Report on the lunatic asylums under the Government of Bombay - 1904-1913
Year: 1904
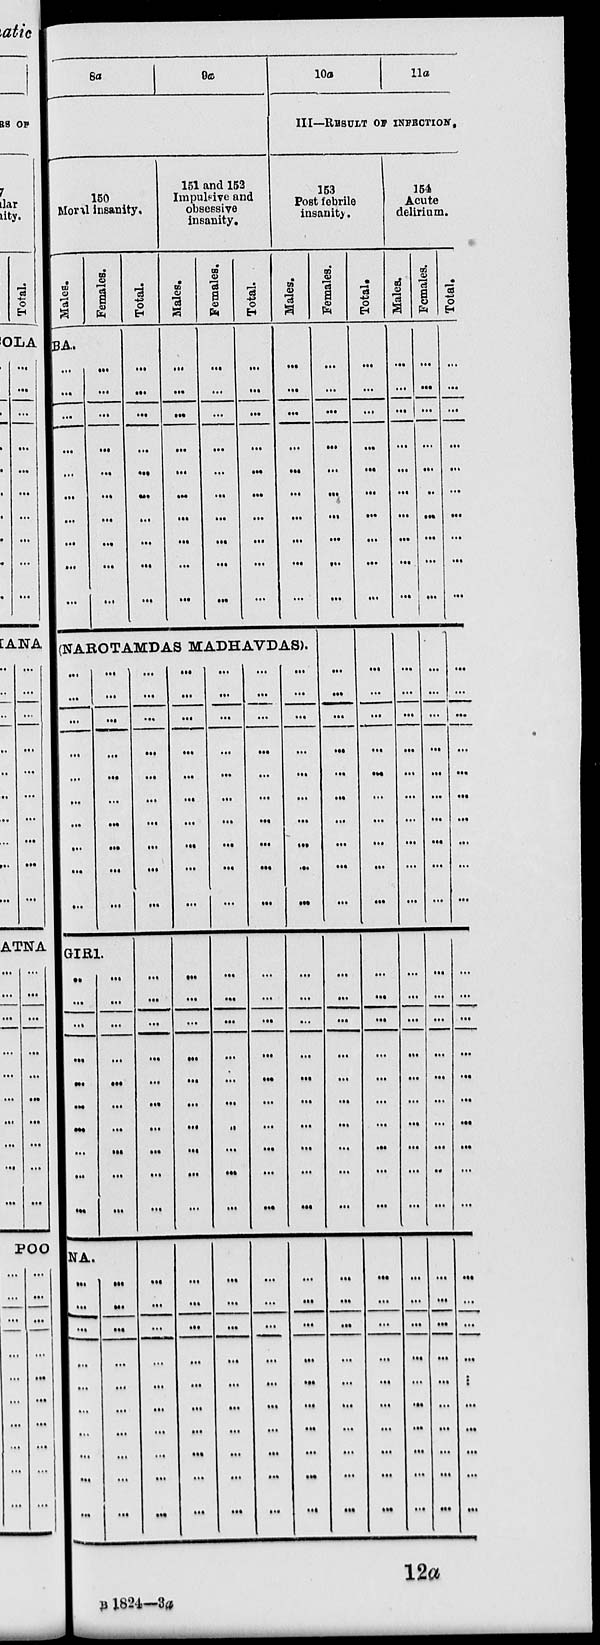
8a
9a
150
Moral insanity.
Males.
Females.
BA.
...
...
...
...
...
...
...
...
...
...
...
...
...
...
...
...
...
...
...
...
Total.
...
...
...
...
...
...
...
...
...
...
151 and 153
Impulsive and
obsessive
insanity.
Males.
...
...
...
...
...
...
...
...
...
...
Females.
...
...
...
...
...
...
...
...
...
...
Total.
...
...
...
...
...
...
...
...
...
...
10a
11a
III—RESULT OF INFECTION.
153
Post febrile
insanity.
Males.
...
...
...
...
...
...
...
...
...
...
(NAROTAMDAS MADHAVDAS).
...
...
...
...
...
...
...
...
...
...
...
...
...
...
...
...
...
...
...
...
GIRL
...
...
...
...
...
...
...
...
...
...
...
...
...
...
...
...
...
...
...
...
NA.
...
...
...
...
...
...
...
...
...
...
...
...
...
...
...
...
...
...
...
...
...
...
...
...
...
...
...
...
...
...
...
...
...
...
...
...
...
...
...
...
...
...
...
...
...
...
...
...
...
...
...
...
...
...
...
...
...
...
...
...
...
...
...
...
...
...
...
...
...
...
...
...
...
...
...
...
...
...
...
...
...
...
...
...
...
...
...
...
...
...
...
...
...
...
...
...
...
...
...
...
...
...
...
...
...
...
...
...
...
...
...
...
...
...
...
...
...
...
...
...
...
...
...
...
...
...
...
...
...
...
...
...
...
...
...
...
...
...
...
...
...
...
...
...
...
...
...
...
...
...
...
...
...
...
...
...
...
...
...
...
...
...
...
...
...
...
...
...
...
...
Females.
...
...
...
...
...
...
...
...
...
...
...
...
...
...
...
...
...
...
...
...
...
...
...
...
...
...
...
...
...
...
...
...
...
...
...
...
...
...
...
...
Total.
...
...
...
...
...
...
...
...
...
...
...
...
...
...
...
...
...
...
...
...
...
...
...
...
...
...
...
...
...
...
...
...
...
...
...
...
...
...
...
...
154
Acute
delirium.
Males.
...
...
...
...
...
...
...
...
...
...
...
...
...
...
...
...
...
...
...
...
...
...
...
...
...
...
...
...
...
...
...
...
...
...
...
...
...
...
...
...
Females.
...
...
...
...
...
...
...
...
...
...
...
...
...
...
...
...
...
...
...
...
...
...
...
...
...
...
...
...
...
...
...
...
...
...
...
...
...
...
...
...
Total.
...
...
...
...
...
...
...
...
...
...
...
...
...
...
...
...
...
...
...
...
...
...
...
...
...
...
...
...
...
...
...
...
...
...
...
...
...
...
...
...
12a
B 1824—3a